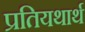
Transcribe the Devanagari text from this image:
प्रतियथार्थ